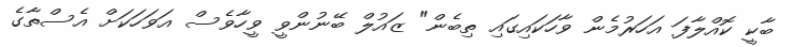
ބާކީ ކޮއްލާފަ އަހަރުމެން ވާހަކައިގައި ތިބެން" ޒައުލް ބޭނުންވީ ވީހާވެސް އަވަހަކަށް އެސްތާގެ